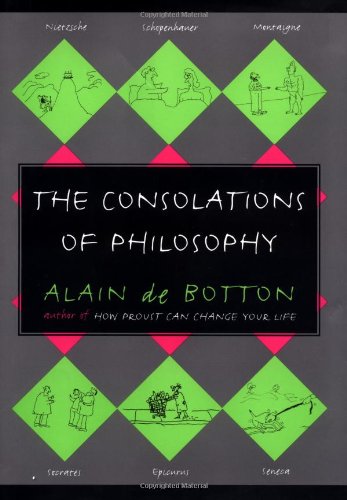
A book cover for The Consolations of Philosophy; Alain De Botton; Politics & Social Sciences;